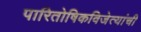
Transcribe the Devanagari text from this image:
पारितोषिकविजेत्यांची